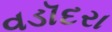
વડૉદરા